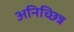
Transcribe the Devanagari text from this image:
अनिच्छिन्न